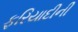
ફરિયાદીની